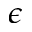
\epsilon